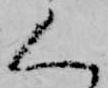
く